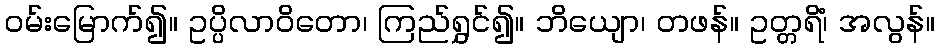
ဝမ်းမြောက်၍။ ဥပ္ပိလာဝိတော၊ ကြည်ရွှင်၍။ ဘိယျော၊ တဖန်။ ဥတ္တရိံ၊ အလွန်။